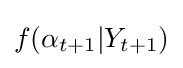
f(\alpha _{t+1}|Y_{t+1})